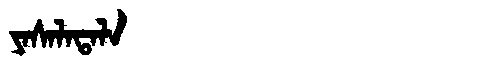
Manchu: ᠶᠠᠰᠠᠯᠠᡨᠠᠯᠠ
Romanization: YASALATALA